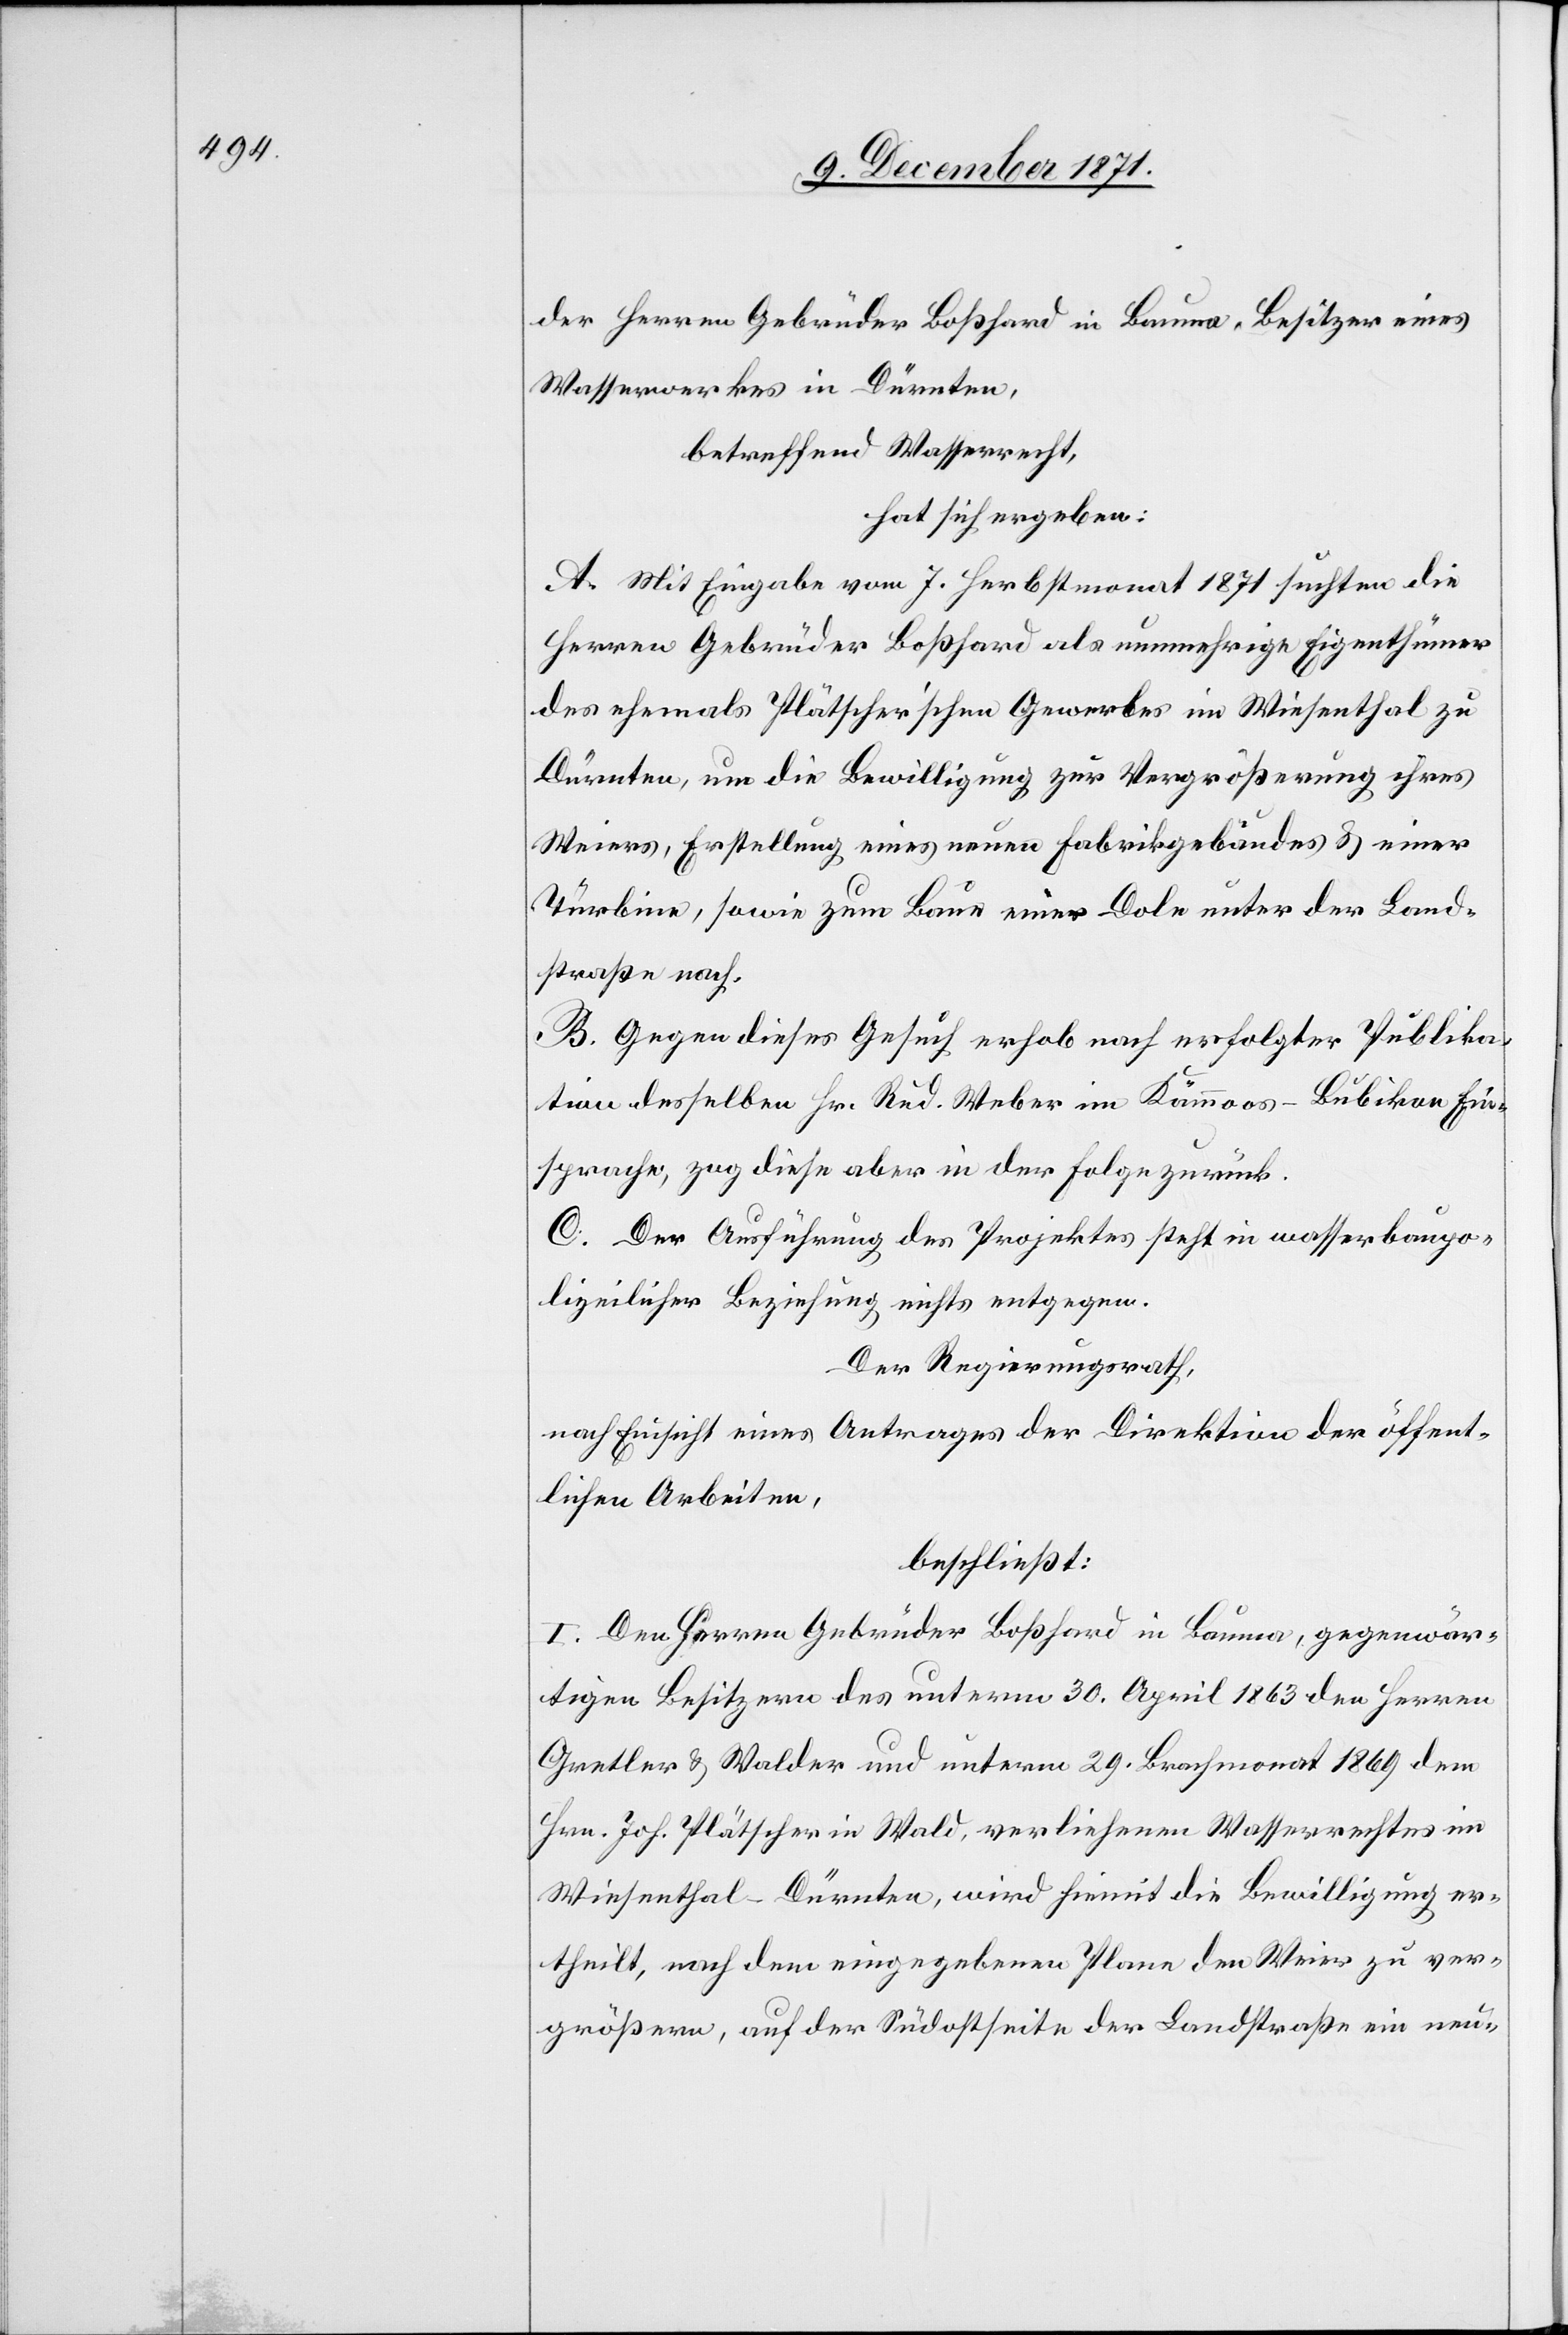
der Herren Gebrüder Boßhard in Bauma, Besitzer eines
Wasserwerkes in Dürnten,
betreffend Wasserrecht,
hat sich ergeben:
A. Mit Eingabe vom 7. Herbstmonat 1871 suchten die
Herren Gebrüder Boßhard als nunmehrige Eigenthümer
des ehemals Plätscher’schen Gewerbes im Wiesenthal zu
Dürnten um die Bewilligung zur Vergrößerung ihres
Weiers, Erstellung eines neuen Fabrikgebäudes & einer
Türbine, sowie zum Bau einer Dole unter der Land¬
straße nach.
B. Gegen dieses Gesuch erhob nach erfolgter Publika¬
tion desselben Hr. Rud. Weber im Kämmoos-Bubikon Ein¬
sprache, zog diese aber in der Folge zurück.
C. Der Ausführung des Projektes steht in wasserbaupo¬
lizeilicher Beziehung nichts entgegen.
Der Regierungsrath,
nach Einsicht eines Antrages der Direktion der öffent¬
lichen Arbeiten,
beschließt:
I. Den Herren Gebrüder Boßhard in Bauma, gegenwär¬
tigen Besitzern des unterm 30. April 1863 den Herren
Gretler & Walder und unterm 29. Brachmonat 1869 dem
Hrn. Joh. Plätscher in Wald, verliehenen Wasserrechtes im
Wiesenthal-Dürnten, wird hiemit die Bewilligung er¬
theilt, nach dem eingegebenen Plane den Weier zu ver¬
größern, auf der Südostseite der Landstraße ein neu-